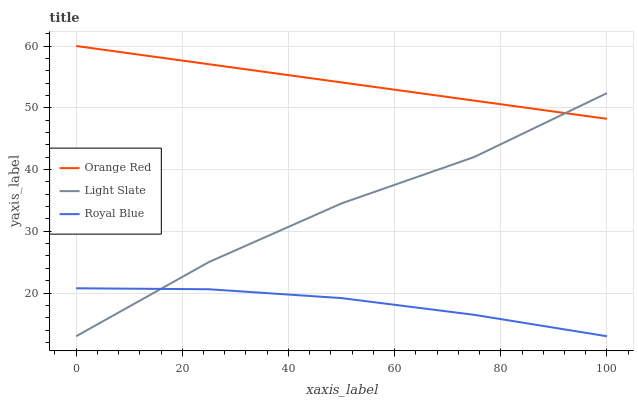
| xaxis_label | Orange Red | Light Slate | Royal Blue |
 | --- | --- | --- | --- |
 | 0 | 60 | 13 | 20.8 |
 | 25 | 57.1 | 25 | 20.6 |
 | 50 | 54.1 | 34.5 | 19.2 |
 | 75 | 51.2 | 42 | 16.5 |
 | 100 | 48.2 | 52.4 | 13 |